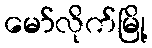
မော်လိုက်မြို့